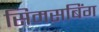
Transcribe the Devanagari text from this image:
सिमसबिंग